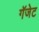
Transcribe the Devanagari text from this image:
गॅजेट